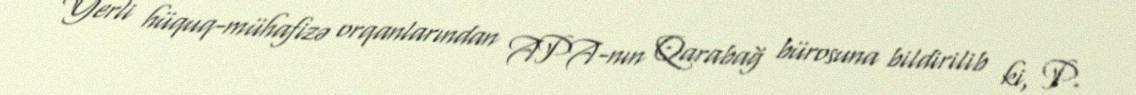
Yerli hüquq-mühafizə orqanlarından APA-nın Qarabağ bürosuna bildirilib ki, P.